Bréfritari: Soffía Daníelsdóttir
Viðtakandi: Jakobína Magnúsdóttir og Daníel Halldórsson
Dagsetning: A-1900-12-04
Skrifað á: Skeggjastöðum  N-Múl.
Soffía var dóttir Jakobínu og Daníels

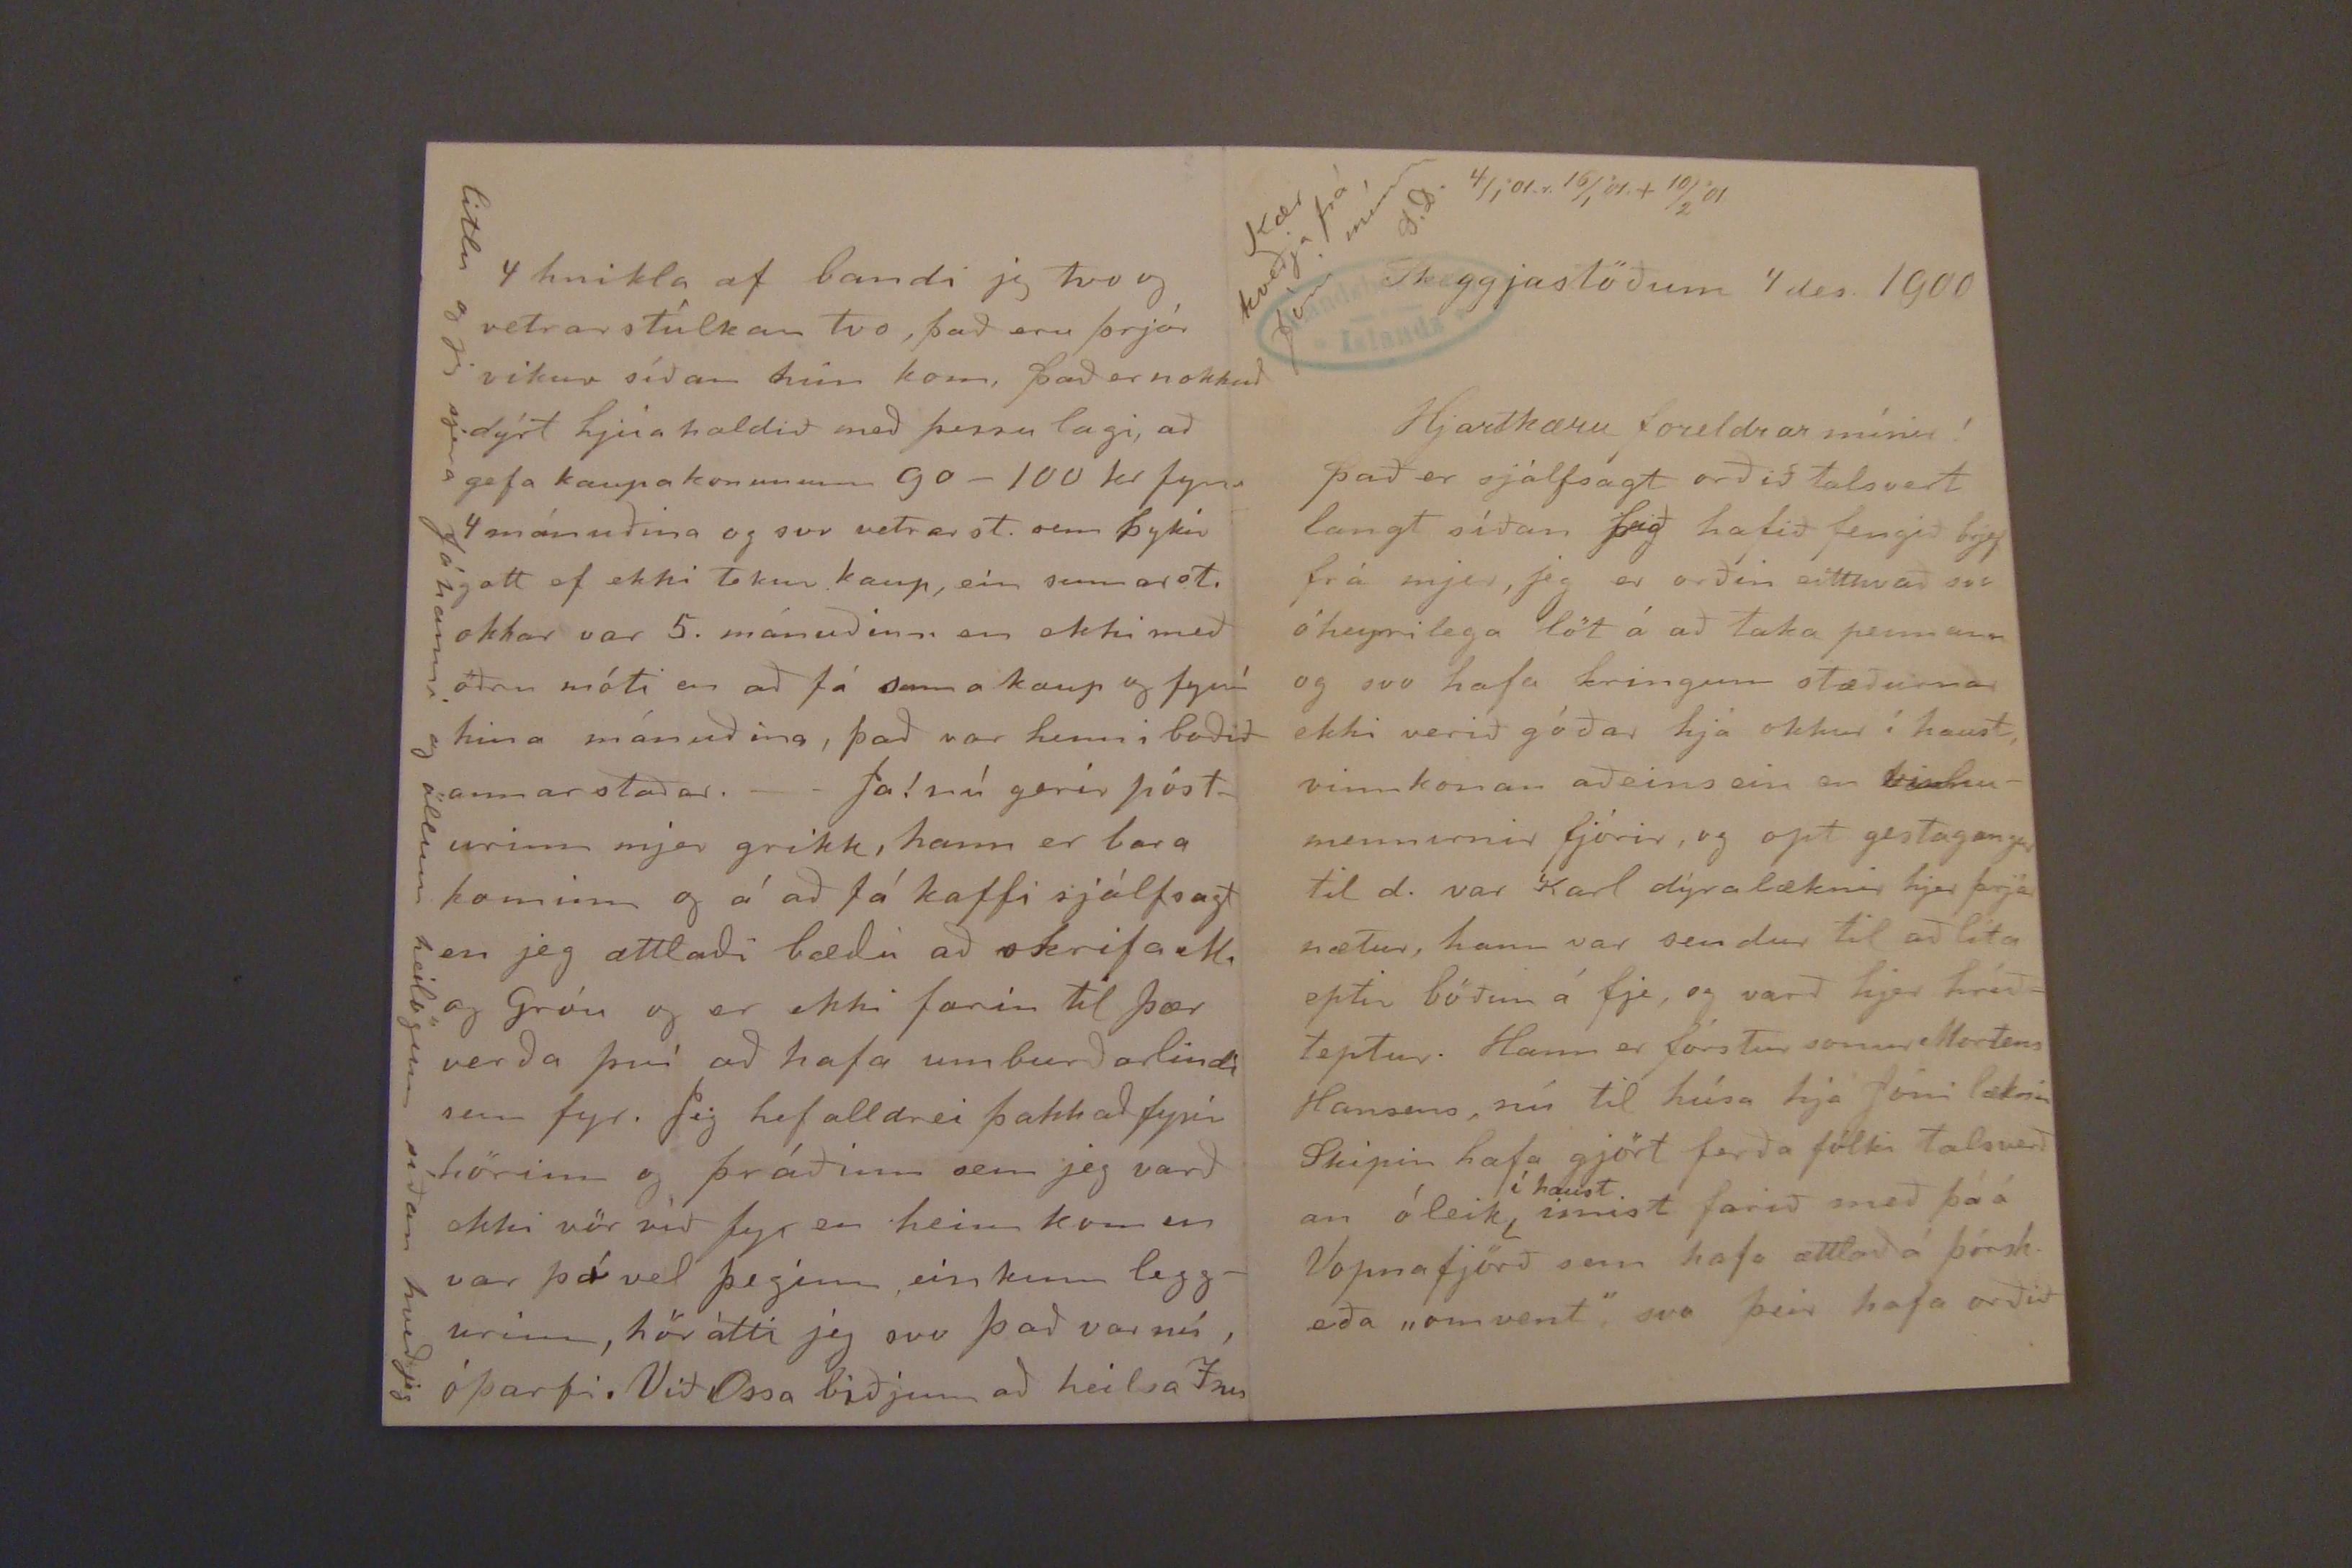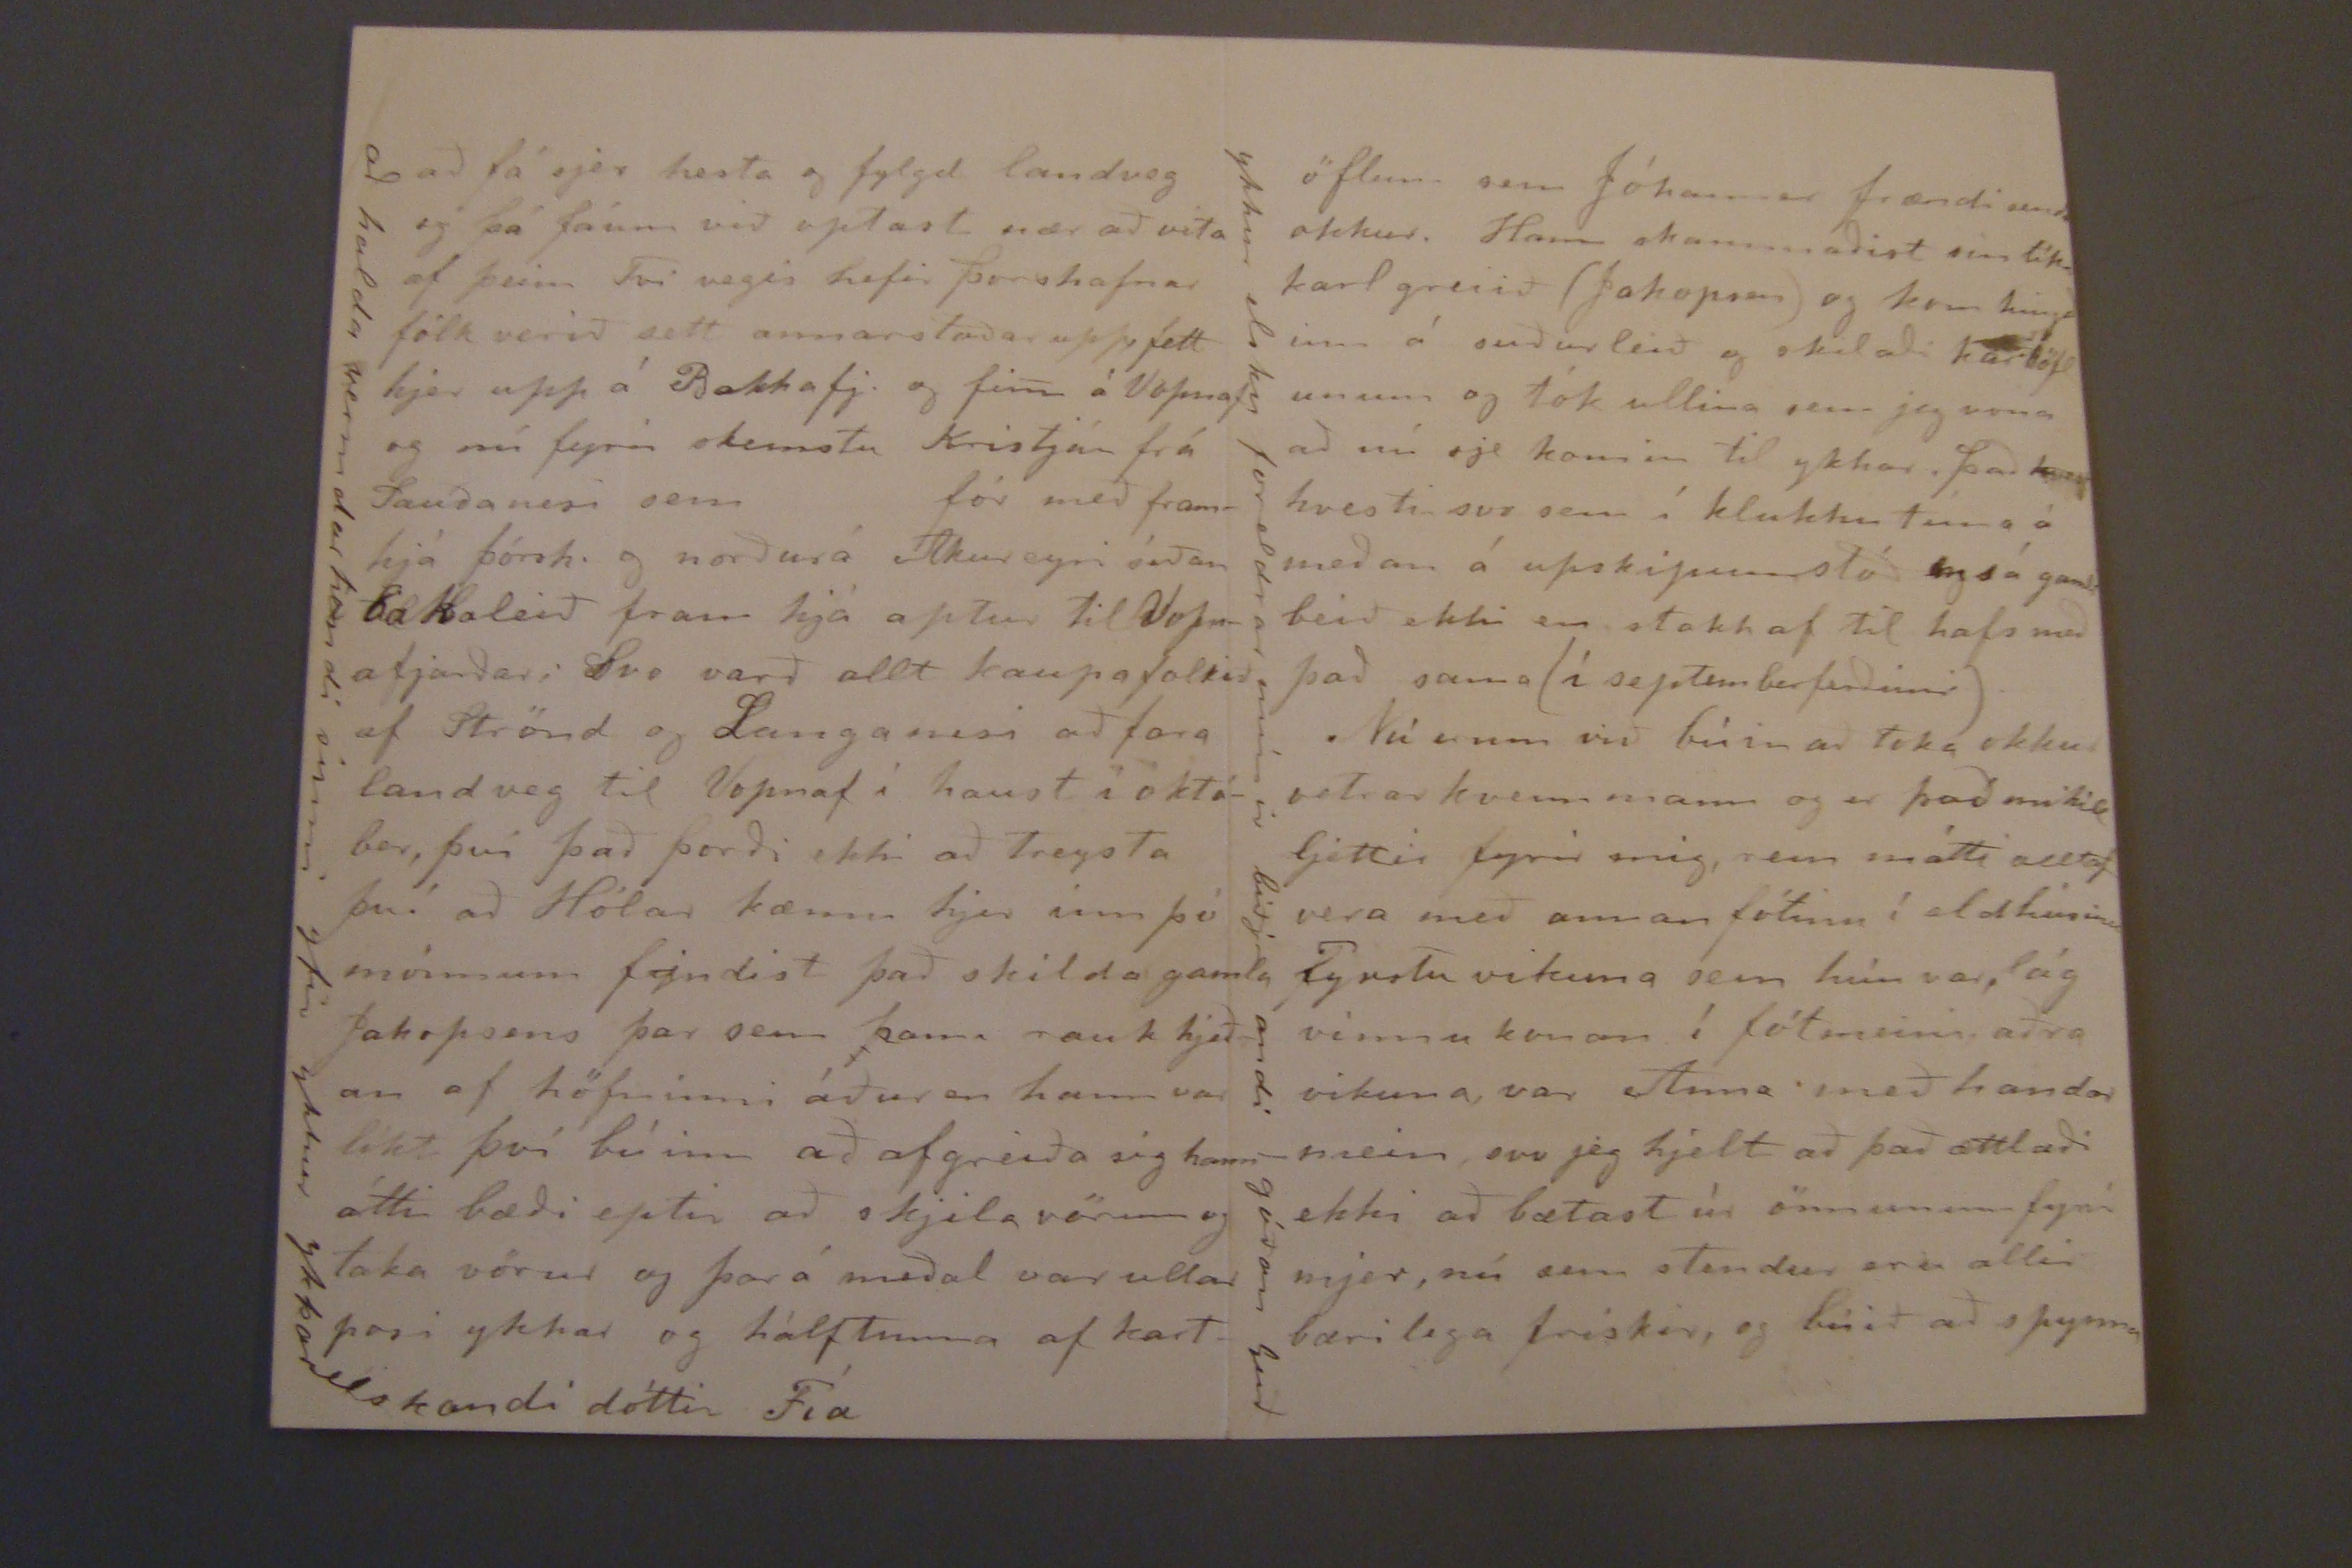

4/1'01.r. 16/1'01.+10/2'01
Kær kveðja frá Jóni mínum
S.D.
Skeggjastöðum 4 des. 1900
Hjartkæru foreldrar mínir!
það er sjálfsagt orðið talsvert langt síðan þið hafið fengið brjef frá mjer, jeg er orðin eitthvað svo óheyrilega löt á að taka pennann og svo hafa kringum stæðurnar ekki verið góðar hjá okkur í haust, vinnukonan aðins ein en vinnumennirnir fjórir, og opt gestagangar til d. var Karl dýralæknir hjer þrjár nætur, hann var sendur til að líta eptir böðun á fje, og varð hjer hríðteptur. Hann er fórstur sonur Mortens Hansens, nú til húsa hja Jóni læknir Skipin hafa gjört ferða fólki talsverð an óleik
kí haust
ímist farið með þá á Vopnafjörð sem hafa ættlað á þorsk eða
"amvent"
svo þeir hafa orðið
að fá sjer hesta og fylgd landveg og þá fáum við optast nær að vita af þeim Tvi vegis hefir þorshafnar fólk verið sett annarstaðar upp Sett hjer upp á Bakkafj. og fim() á Vopnaf og nú fyrir skemstu Kristján frá Sauðanesi sem fór með framhjá þórsh. og norðurá Akureyri síðan bakaleið fram hjá aptur til Vopnafjarðar; Svo varð allt kaupafolkið af Strönd og Langanesi að fara landveg til Vopnaf í haust í október, því það þorði ekki að treysta því að Hólar kæmu hjer inn þó mönnum fyndist það skilda gamla Jakopsens þar sem hann rauk hjeðan af höfninni áður en hann var líkt því búinn að afgreiða sig hann átti bæði eptir að skjila vörum og taka vörur og þar á meðal var ullar posi ykkar og hálftunna af kart-
að halda vermdarhendi sinni yfir ykkur ykkar elskandi dóttir Fía
4 hnikla af bandi jeg tvo og vetrar stúlkan tvo, það eru þrjár vikur síðan hún kom, það er nokkuð dýrt hjúa haldið með þessu lagi, að gefa kaupakonunum 90-100 kr fyrir 4 mánuðina og svo vetrarst. sem þykir gott ef ekki tekur kaup, ein sumarst. okkar var 5. mánuðinn en ekki með öðru móti en að fá sama kaup og fyrír hina mánuðina, það var henni boðið annarstaðar.- Ja! nú gerir pósturinn mjer grikk, hann er bara kominn og á að fá kaffi sjálfsagt en jeg ættlaði bæði að skrifa M. og Gróu og er ekki farin til þær verða því að hafa umburðarlindi sem fyr. Jig hef alldrei þakkað fyrir
hörinn
og þráðinn sem jeg varð ekki vörvið fyr en heim kom en var þá vel þeginn einkunn leggurinn, hör átti jeg svo það var nú óþarfi. Við Ossa biðjum að heilsa
Íru
litlu og jeg sjera Jóhanni og öllum heilögum síðan hveð jeg
öflum sem Jóhannes frændi sendi okkur. Hann skammaðist sin líka karl greiið (Jakopsen) og kom hingað inni á suðurleið og skilaði kartöfl unum og tók ullina sem jeg vona að nú sje komin til ykkar. það var
kvest
hvesti svo sem í klukkutíma á meðan á upskipun stóð og sá gamli beið ekki en stakk af til hafs með það sama (í septemberferðinni)
Nú erum við búin að taka okkur vetrarkvennmann og er það mikill ljettir fyrir mig, sem mátti alltaf vera með annan fótinn í eldhúsinu Fyrstu vikuna sem hún var, lág vinnu konan í fótmuni aðra vikuna var Anna með handar meiri svo jeg hjelt að það ættlaði ekki að bætast úr önnunum fyrir mjer, nú sem stendur eru allir bærilega friskir, og búið að spynna
ykkur elsku foreldrar mínir biðj andi góðan Guð